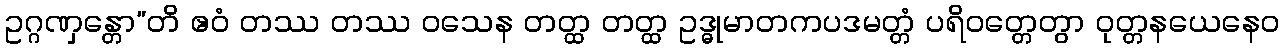
ဥဂ္ဂဏှန္တော”တိ ဧဝံ တဿ တဿ ဝသေန တတ္ထ တတ္ထ ဥဒ္ဓုမာတကပဒမတ္တံ ပရိဝတ္တေတွာ ဝုတ္တနယေနေဝ